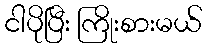
ငါပိုပြီး ကြိုးစားမယ်